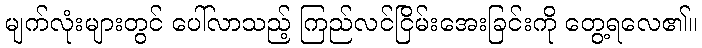
မျက်လုံးများတွင် ပေါ်လာသည့် ကြည်လင်ငြိမ်းအေးခြင်းကို တွေ့ရလေ၏။